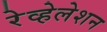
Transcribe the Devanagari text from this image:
रेव्हेलेशन